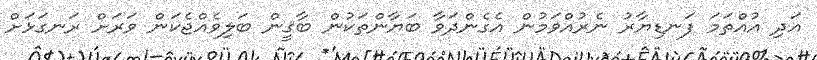
އަދި އުއްތަމަ ފަނޑިޔާރު ނެރުއްވަމުން އެގެންދަވާ ބަޔާންތަކުން ބާޤީން ބަލިވެއްޖެކަން ވަރަށް ރަނގަޅަށް